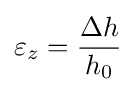
\varepsilon _{z}={\frac {\Delta h}{h_{0}}}